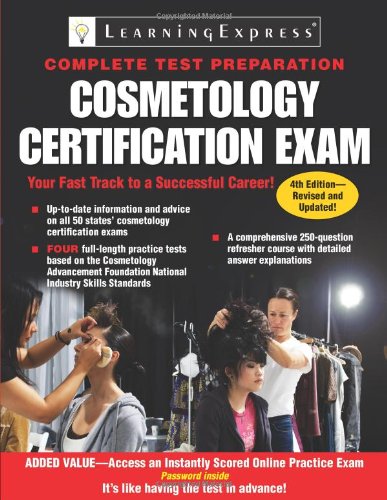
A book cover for Cosmetology Certification Exam (Cosmetology Licensing Exam); LearningExpress LLC Editors; Test Preparation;